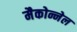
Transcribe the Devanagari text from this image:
मैकोन्नेल